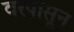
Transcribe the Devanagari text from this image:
वरपासून